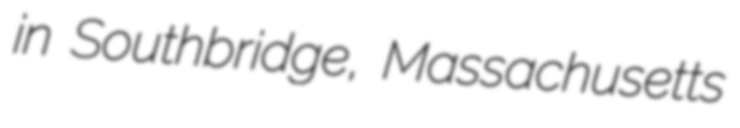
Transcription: in Southbridge, Massachusetts